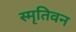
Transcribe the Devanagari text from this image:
स्मृतिवन